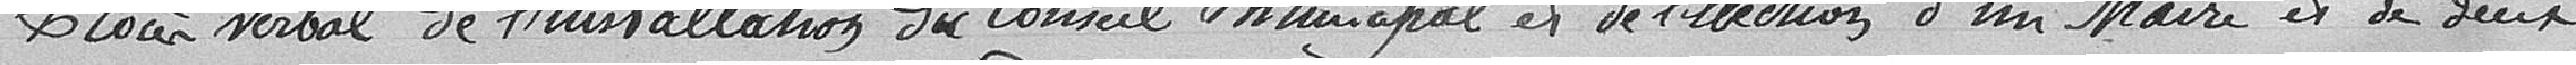
Procès-verbal de l'installation du Conseil municipal et de l'élection d'un Maire et de deux